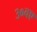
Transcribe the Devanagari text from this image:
३०वए